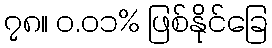
၇၈။ ၀.၀၁% ဖြစ်နိုင်ခြေ